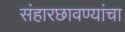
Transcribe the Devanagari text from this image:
संहारछावण्यांचा